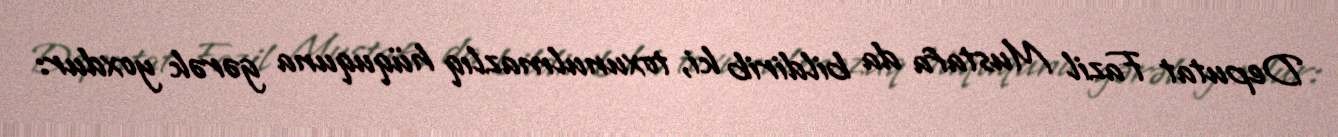
Deputat Fazil Mustafa da bildirib ki, toxunulmazlıq hüququna gərək yoxdur: